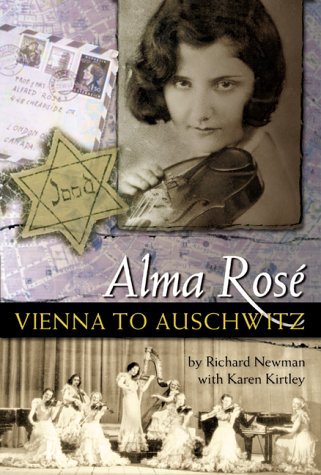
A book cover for Alma Rose: Vienna to Auschwitz; Richard Newman; Biographies & Memoirs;